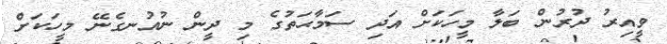
ވީއިރު ދުރުން ބަލާ މީހަކަށް އަދި ސަމާޙަތުގެ މި ދީން ނުއުނގެނޭ މީހަކަށް